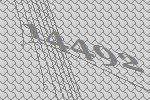
14492